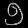
Digit: ၅